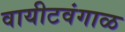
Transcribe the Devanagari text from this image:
वायीटवंगाळ